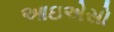
આઇએસો